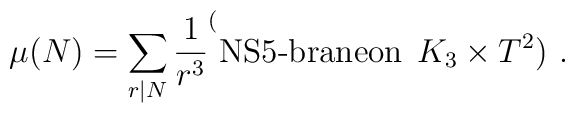
\mu (N)=\sum_{r|N} \frac{1}{r^3} \sp (\mbox{NS5-braneon}\;\,K_3 \times T^2) \ .